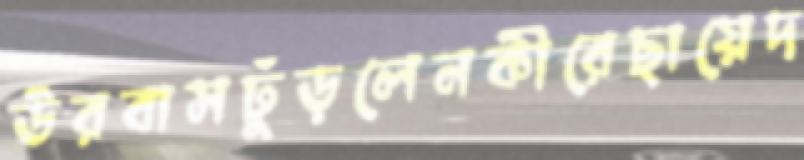
উরবাসঢুঁড়লেনকীরেছায়েদ